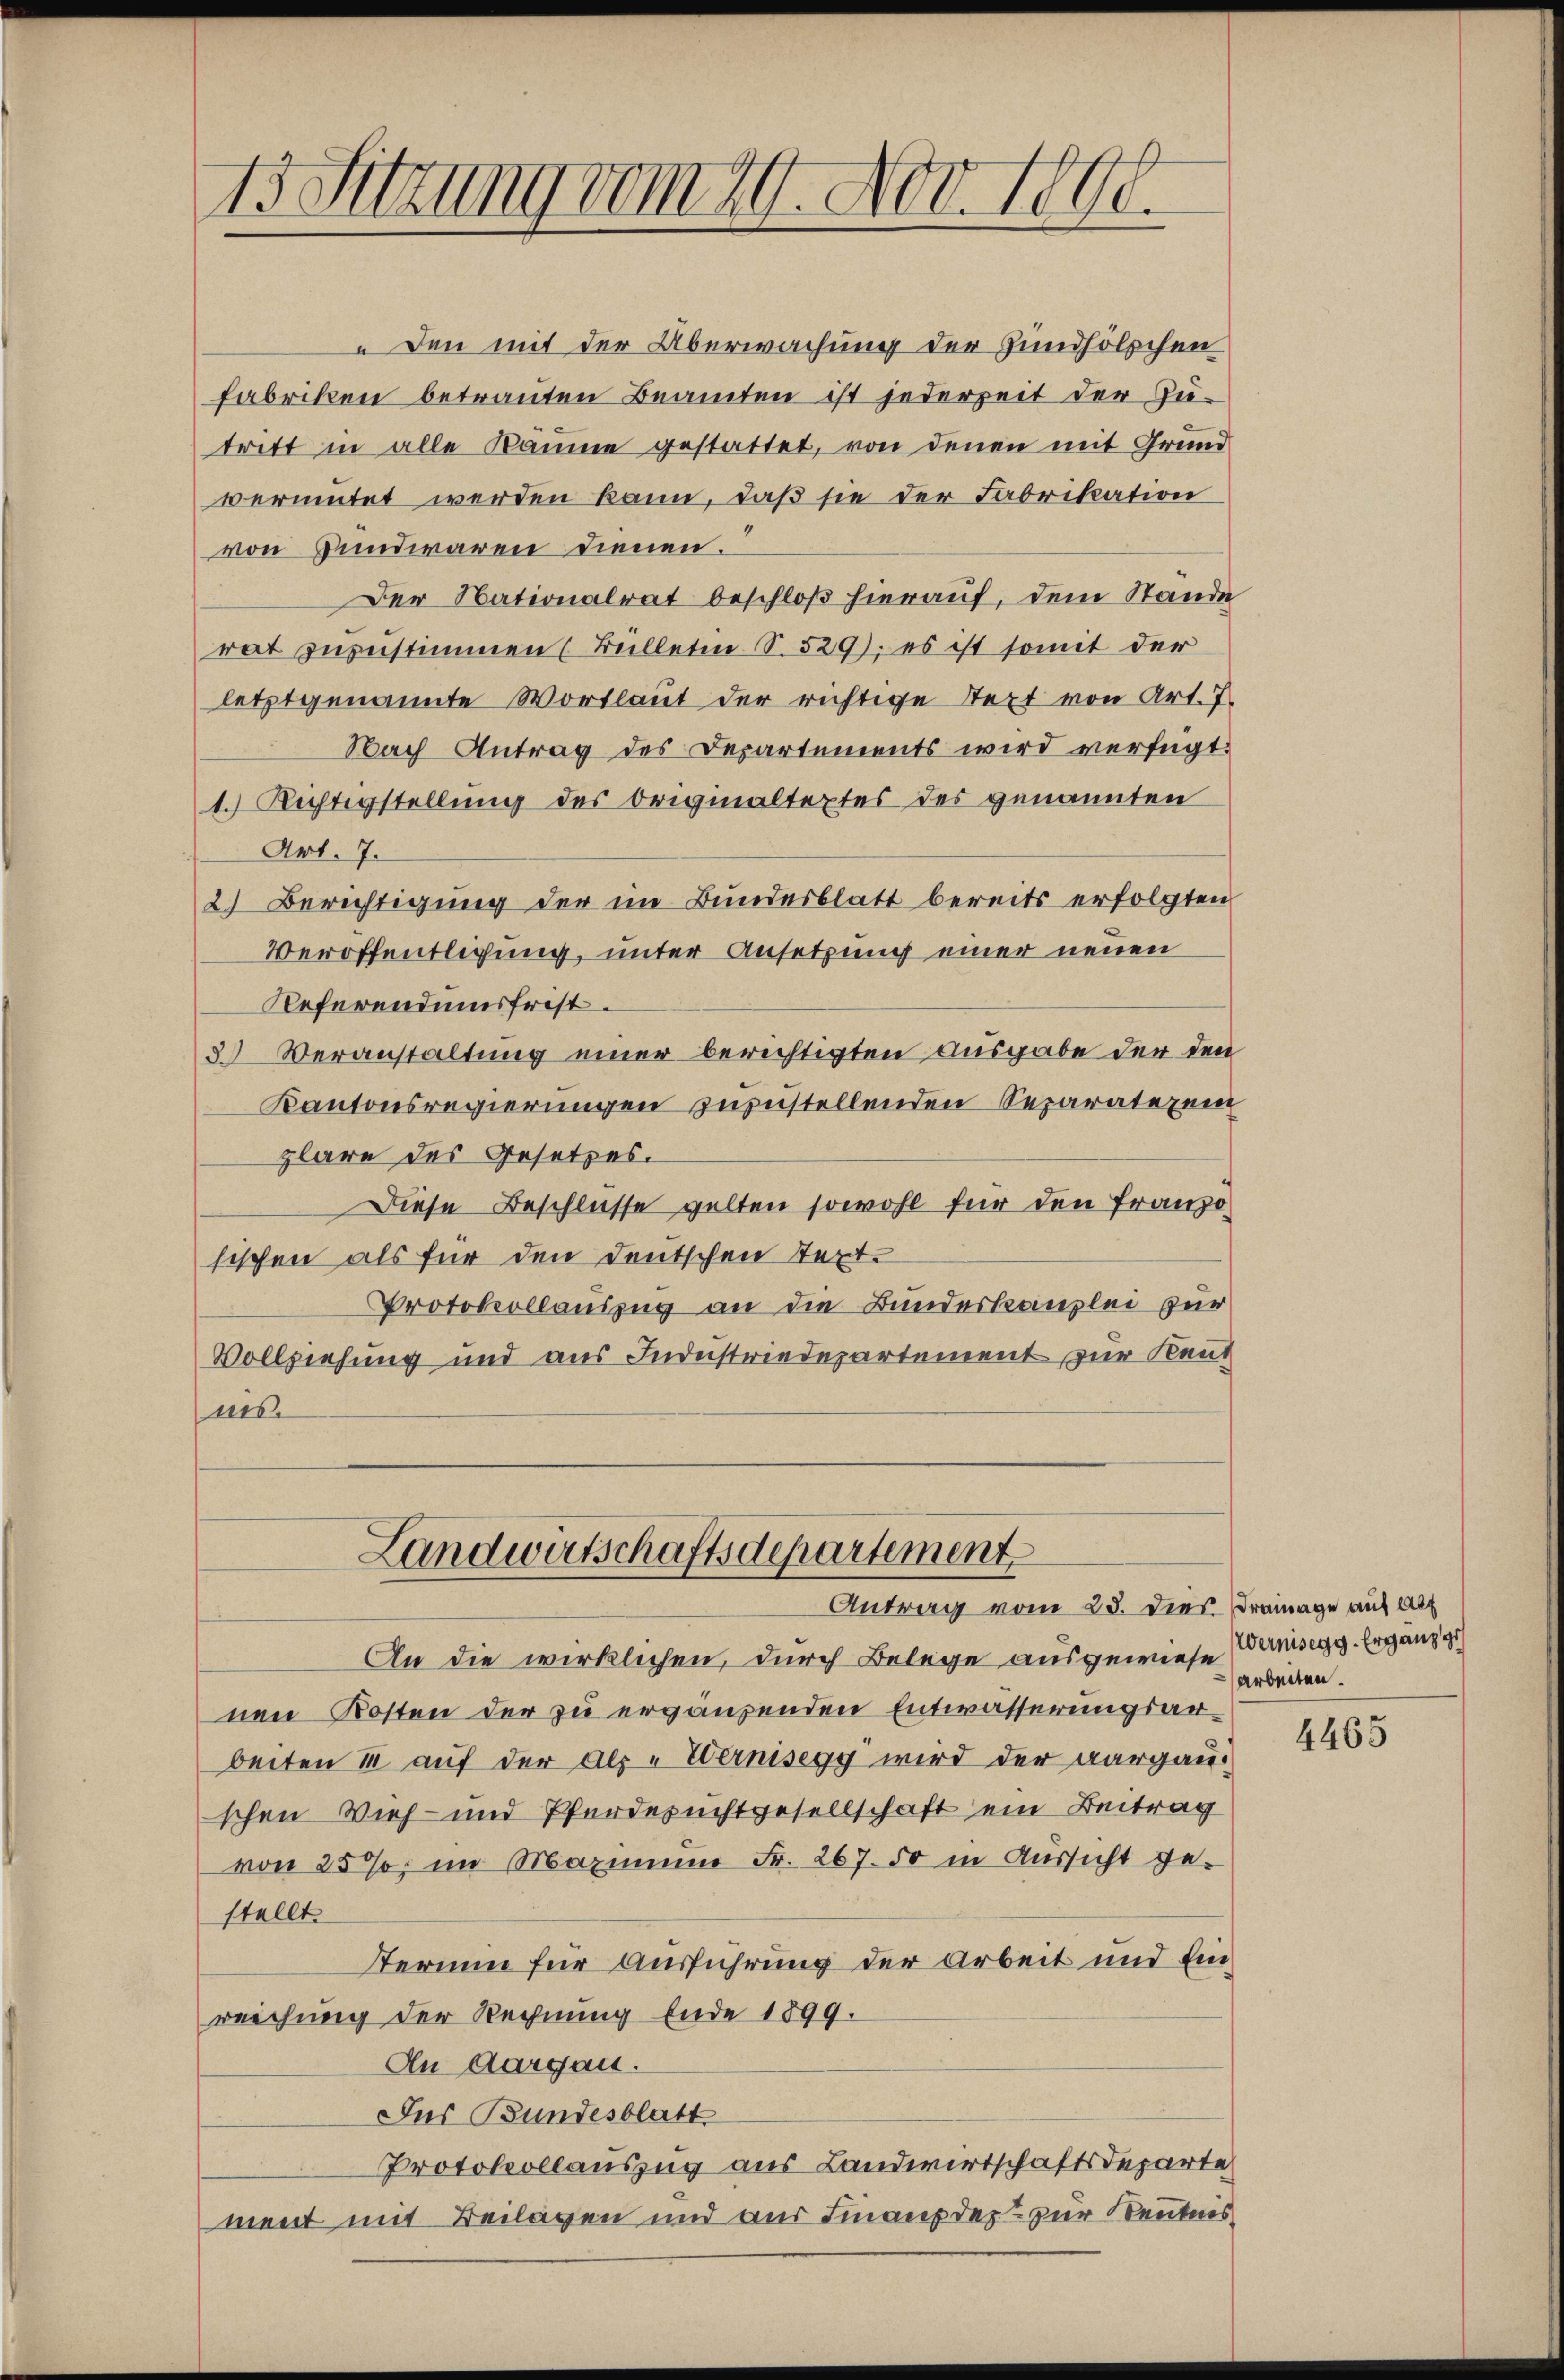
13 Sitzung vom 29. Nov. 1808.

Den mit der Überwachung der Hundhölzchen
Fabriken betrauten Beamten ist jederzeit der Zu-
tritt in alle Räume gestattet, von denen mit Grund
vermutet werden kann, daß sie der Fabrikation
von Bundwaren dienen.
Der Nationalrat beschloß hierauf, dem Stände
rat zuzustimmen (Bülleten S. 529), es ist somit der
letztgenannte Wortlaut der richtige Stert von Art. 7.
Nach Antrag des Departements wird verfügt:
1.) Richtigstellung des Originaltextes des genannten
Art. 7.
2) Berichtigung der im Bundesblatt bereits erfolgten
Veröffentlichung, unter Ansetzung einer neuen
Referendumsfrist.
3 Veranstaltung einer berichtigten Ausgabe der den
Kantonsregierungen zuzustellenden Separatezei
zlare des Gesetzes.
Diese Beschlüsse gelten sowohl für den Franzo
sischen als für den Deutschen Text.
Protokollauszug an die Bundeskanzlei zur
Vollziehung und aus Industriedepartement zur Kennes.
Landwirtschaftsdepartement

Antrag vom 23. Dies Drainage auf alt

An die wirklichen, durch Belege ausgewiese ansegg. Ergänzges
nen Kosten der zu ergänzenden Entwässerungsarbeiten u. auf der als „Wernisegg wird der aargauschen Vieh- und Pferdezuchtgesellschaft ein Beitrag
von 25%; im Maximum Fr. 267. So in Aussicht gestellt.
Sterium für Ausführung der Arbeit und Einreichung der Rechnung Ende 1899.
An Aargau.
Ius Bundesblatt
Protokollauszug aus Landwirtschaftsdeparte
ment mit Beilagen und aus Finanzdez zur Kenntnis

arbeiten.

4465